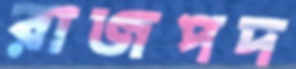
রাজপদ